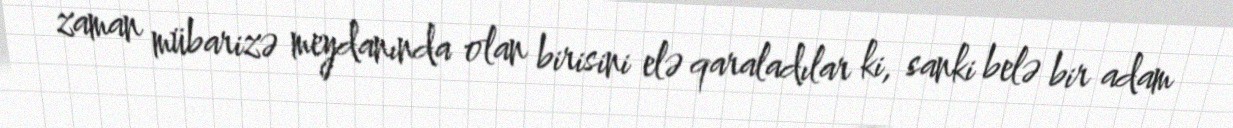
zaman mübarizə meydanında olan birisini elə qaraladılar ki, sanki belə bir adam